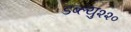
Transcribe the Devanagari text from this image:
डब्ल्यु२२०